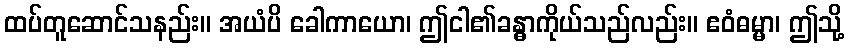
ထပ်တူဆောင်သနည်း။ အယံပိ ခေါကာယော၊ ဤငါ၏ခန္ဓာကိုယ်သည်လည်း။ ဧဝံဓမ္မာ၊ ဤသို့